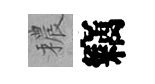
穠竊